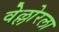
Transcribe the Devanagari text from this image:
वेल्लोरला